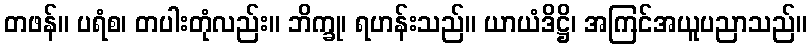
တဖန်။ ပရံစ၊ တပါးတုံလည်း။ ဘိက္ခု၊ ရဟန်းသည်။ ယာယံဒိဋ္ဌိ၊ အကြင်အယူပညာသည်။